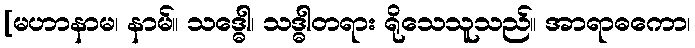
[မဟာနာမ၊ နာမ်။ သဒ္ဓေါ၊ သဒ္ဓါတရား ရိုသေသူသည်။ အာရာဓကော၊